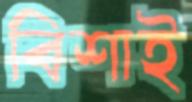
বিশাই